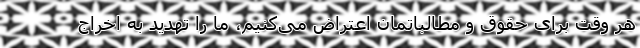
هر وقت برای حقوق و مطالباتمان اعتراض می‌کنیم، ما را تهدید به اخراج